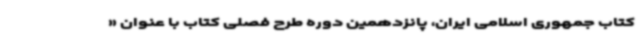
کتاب جمهوری اسلامی ایران، پانزدهمین دوره طرح فصلی کتاب با عنوان «